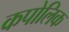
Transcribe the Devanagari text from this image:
कपोलिक